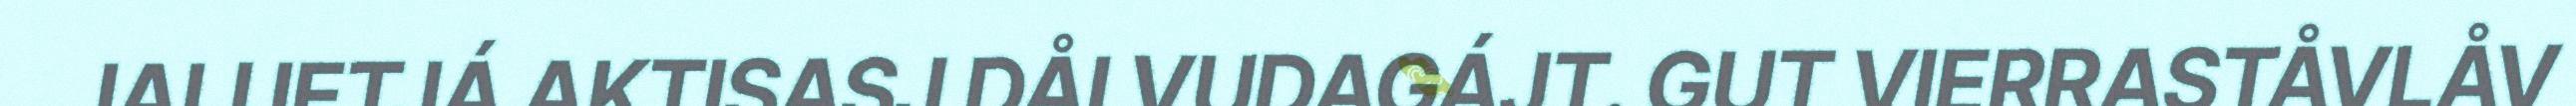
JALI IETJÁ AKTISASJ DÅLVUDAGÁJT. GUT VIERRASTÅVLÅV